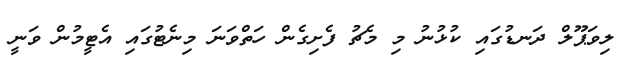
ލިވަޕޫލް ދަނޑުގައި ކުޅުނު މި މެޗު ފެށިގެން ހަތްވަނަ މިނެޓުގައި އެޓީމުން ވަނީ